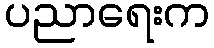
ပညာရေးက